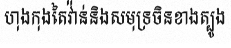
ហុងកុងតៃវ៉ាន់និងសមុទ្រចិនខាងត្បូង